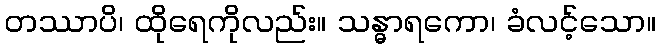
တဿာပိ၊ ထိုရေကိုလည်း။ သန္ဓာရကော၊ ခံလင့်သော။